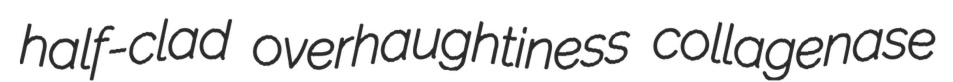
half-clad overhaughtiness collagenase